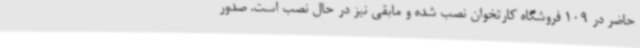
حاضر در 109 فروشگاه کارتخوان نصب شده و مابقی نیز در حال نصب است. صدور